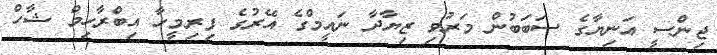
ޖިންސީ އަނިޔާގެ ސަބަބުން މަރުވި ޒިޔާދާ ނައީމްގެ އޭރުގެ ފިރިމީހާ އިބްރާހިމް ޝާހް